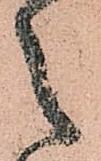
之